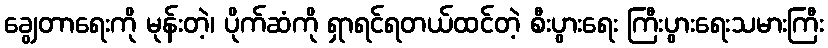
ချွေတာရေးကို မုန်းတဲ့၊ ပိုက်ဆံကို ရှာရင်ရတယ်ထင်တဲ့ စီးပွားရေး ကြီးပွားရေးသမားကြီး